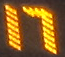
17